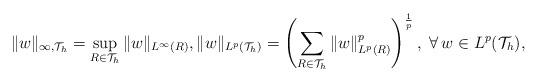
LaTeX: \begin{align*}\|w\|_{\infty,\mathcal{T}_h} = \sup_{R \in \mathcal{T}_h}\|w\|_{L^{\infty}(R)},\|w\|_{L^p(\mathcal{T}_h)} = \left(\sum_{R \in \mathcal{T}_h}\|w\|^p_{L^p(R)}\right)^\frac{1}{p},\,\,\forall\,w \in L^p(\mathcal{T}_h), \end{align*}